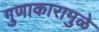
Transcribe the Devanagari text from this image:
गुणाकारामुळे